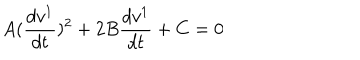
A ( \frac { d v ^ { 1 } } { d t } ) ^ { 2 } + 2 B \frac { d v ^ { 1 } } { d t } + C = 0